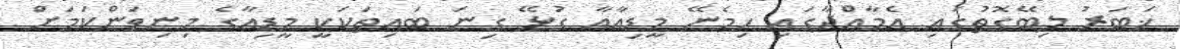
ޚަބަރު ލިބޭގޮތުގައި އެމާއްދާގައި ހިމެނޭ މީޑިއާއާ ގުޅޭ ގިނަ ބައިތަކަކީ މީޑިއާގެ މިނިވަންކަމަށް